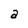
Character: a